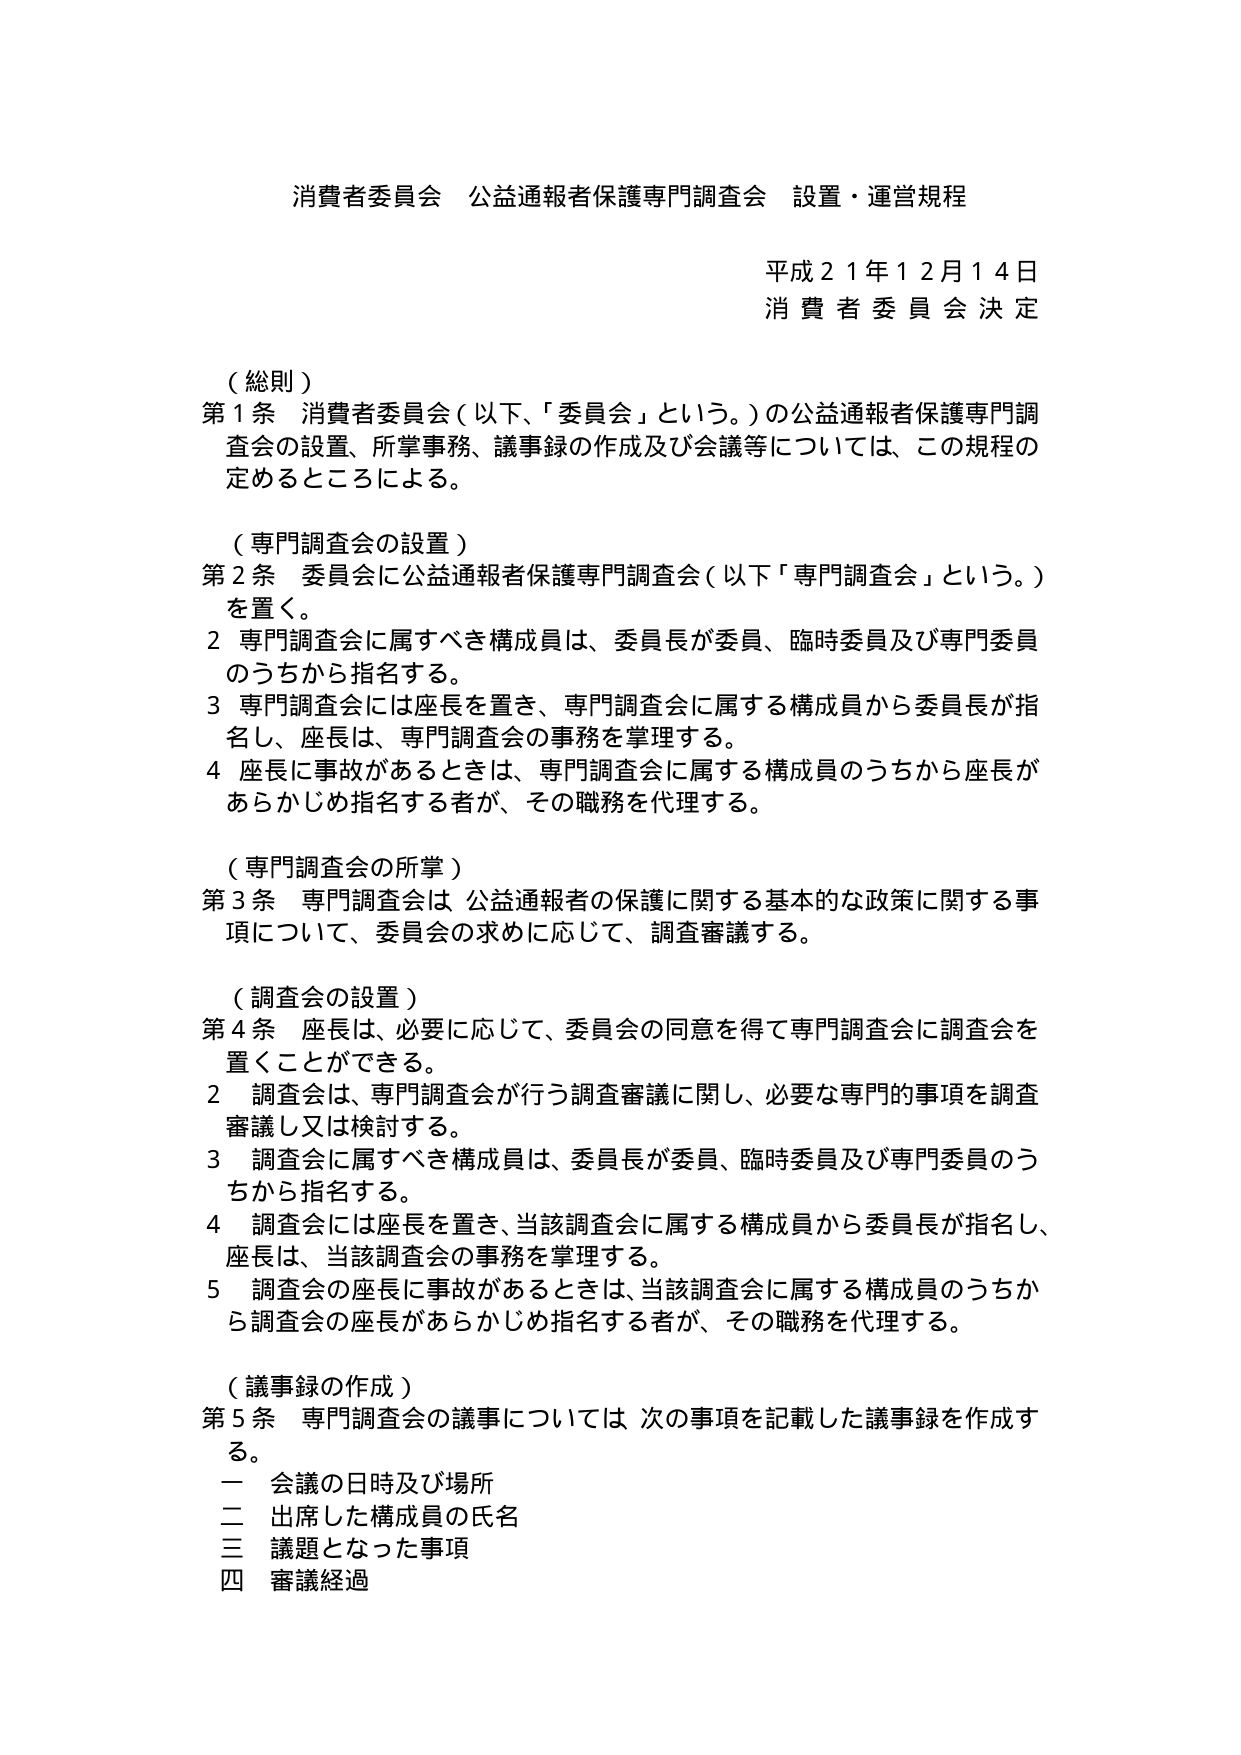
消費者委員会 公益通報者保護専門調査会 設置・運営規程

平成２１年１２月１４日
消費者委員会決定

（総則）
第１条 消費者委員会（以下、「委員会」という。）の公益通報者保護専門調査会の設置、所掌事務、議事録の作成及び会議等については、この規程の定めるところによる。

（専門調査会の設置）
第２条 委員会に公益通報者保護専門調査会（以下「専門調査会」という。）を置く。
２ 専門調査会に属すべき構成員は、委員長が委員、臨時委員及び専門委員のうちから指名する。
３ 専門調査会には座長を置き、専門調査会に属する構成員から委員長が指名し、座長は、専門調査会の事務を掌理する。
４ 座長に事故があるときは、専門調査会に属する構成員のうちから座長があらかじめ指名する者が、その職務を代理する。

（専門調査会の所掌）
第３条 専門調査会は、公益通報者の保護に関する基本的な政策に関する事項について、委員会の求めに応じて、調査審議する。

（調査会の設置）
第４条 座長は、必要に応じて、委員会の同意を得て専門調査会に調査会を置くことができる。
２ 調査会は、専門調査会が行う調査審議に関し、必要な専門的事項を調査審議し又は検討する。
３ 調査会に属すべき構成員は、委員長が委員、臨時委員及び専門委員のうちから指名する。
４ 調査会には座長を置き、当該調査会に属する構成員から委員長が指名し、座長は、当該調査会の事務を掌理する。
５ 調査会の座長に事故があるときは、当該調査会に属する構成員のうちから調査会の座長があらかじめ指名する者が、その職務を代理する。

（議事録の作成）
第５条 専門調査会の議事については、次の事項を記載した議事録を作成する。
一 会議の日時及び場所
二 出席した構成員の氏名
三 議題となった事項
四 審議経過